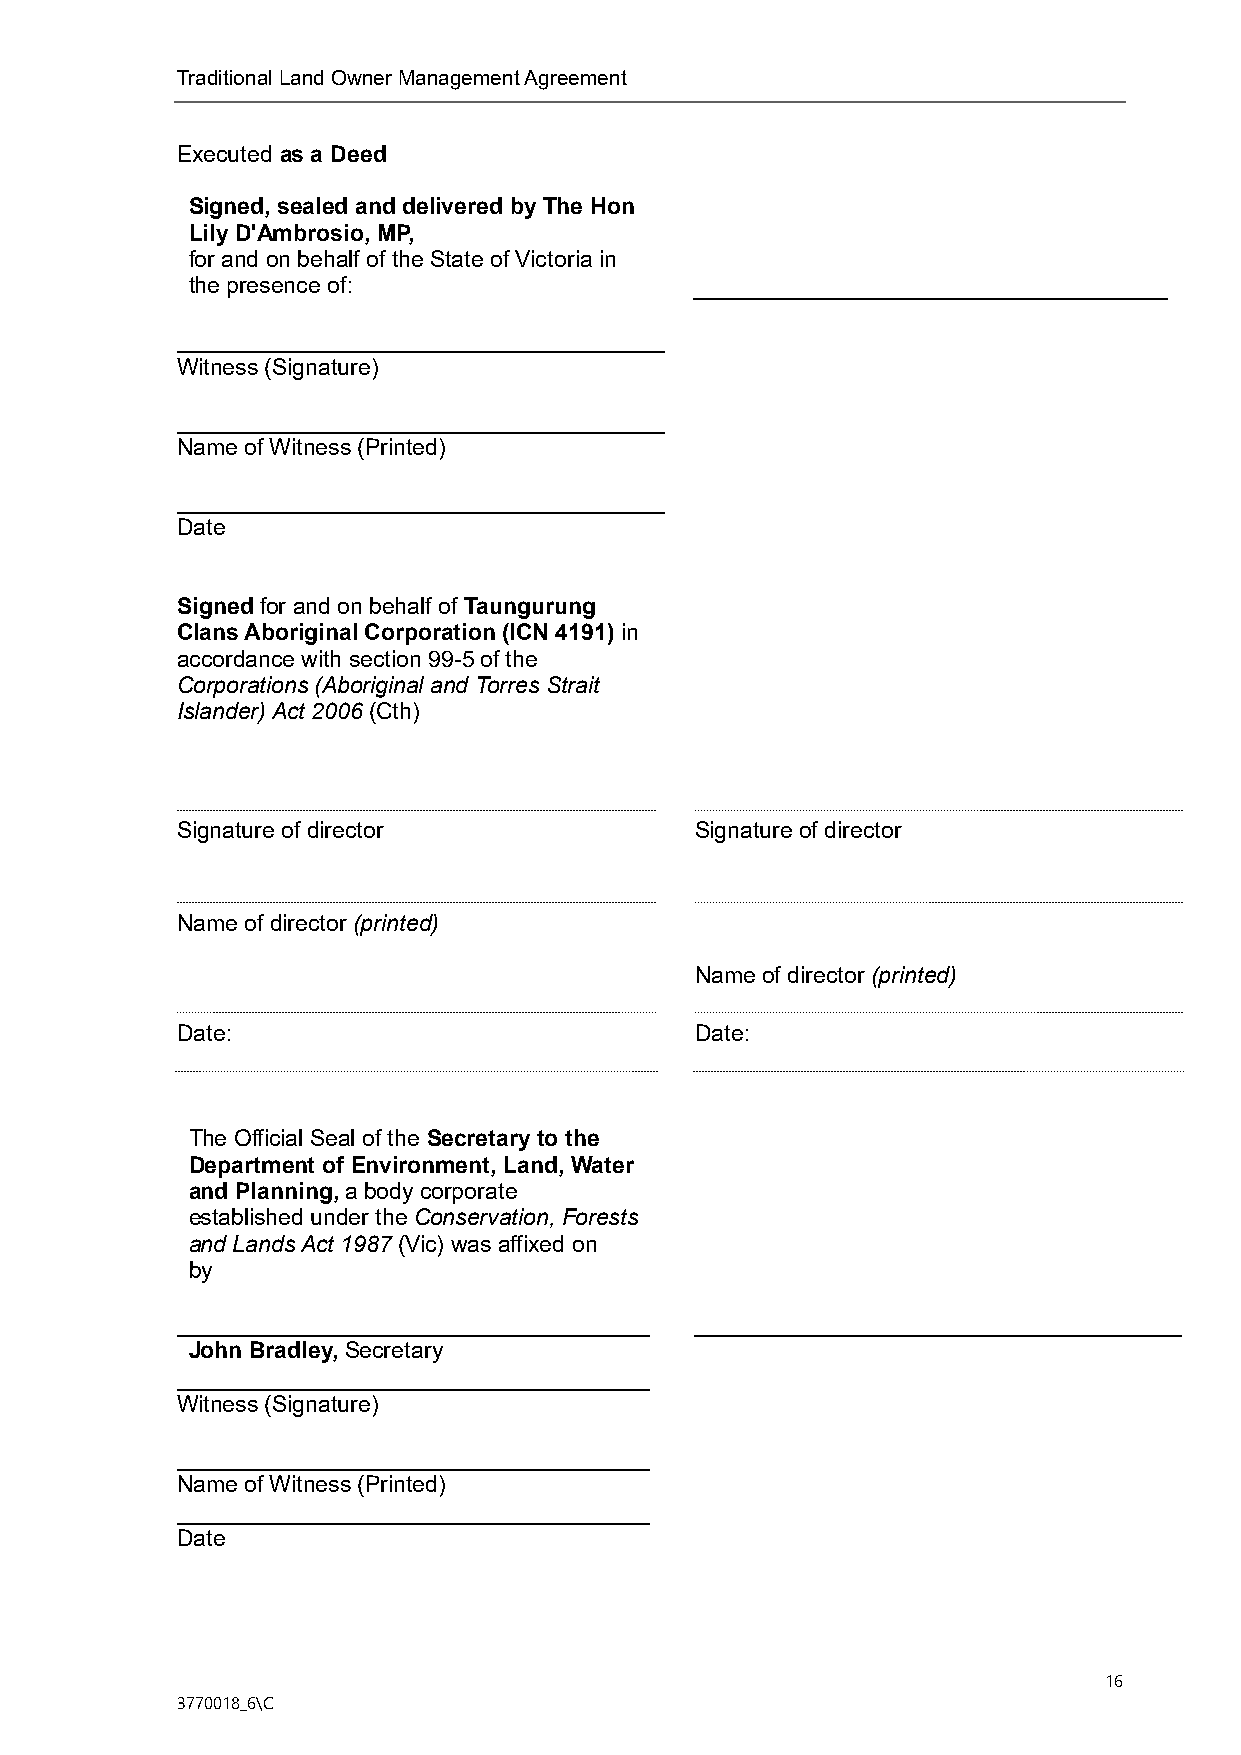
Traditional Land Owner Management Agreement
 Executed as a Deed
 Signed, sealed and delivered by The Hon
 Lily D'Ambrosio, MP,
 for and on behalf of the State of Victoria in
 the presence of:
 Witness (Signature)
 Name of Witness (Printed)
 Date
 Signed for and on behalf of Taungurung
 Clans Aboriginal Corporation (ICN 4191) in
 accordance with section 99-5 of the
 Corporations (Aboriginal and Torres Strait
 Islander) Act 2006 (Cth)
 Signature of director             Signature of director
 Name of director (printed)
 Name of director (printed)
 Date:                             Date:
 The Official Seal of the Secretary to the
 Department of Environment, Land, Water
 and Planning, a body corporate
 established under the Conservation, Forests
 and Lands Act 1987 (Vic) was affixed on
 by
 John Bradley, Secretary
 Witness (Signature)
 Name of Witness (Printed)
 Date
 16
 3770018_6\C